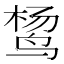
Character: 𱉴